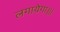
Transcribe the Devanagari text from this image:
लगायेगा॥।